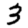
Digit: 3